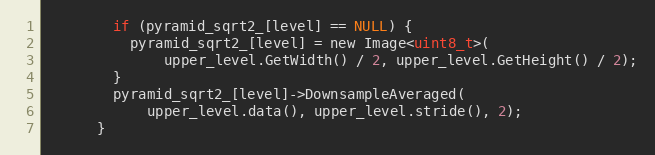
Language: C
        if (pyramid_sqrt2_[level] == NULL) {
          pyramid_sqrt2_[level] = new Image<uint8_t>(
              upper_level.GetWidth() / 2, upper_level.GetHeight() / 2);
        }
        pyramid_sqrt2_[level]->DownsampleAveraged(
            upper_level.data(), upper_level.stride(), 2);
      }